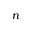
n